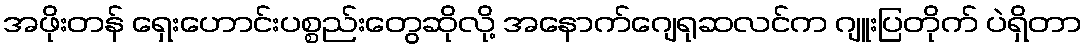
အဖိုးတန် ရှေးဟောင်းပစ္စည်းတွေဆိုလို့ အနောက်ဂျေရုဆလင်က ဂျူးပြတိုက် ပဲရှိတာ